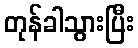
တုန်ခါသွားပြီး